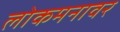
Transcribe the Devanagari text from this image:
लोकमनावर